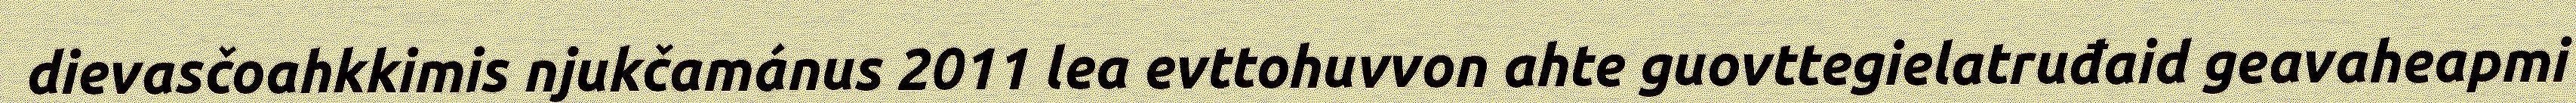
dievasčoahkkimis njukčamánus 2011 lea evttohuvvon ahte guovttegielatruđaid geavaheapmi